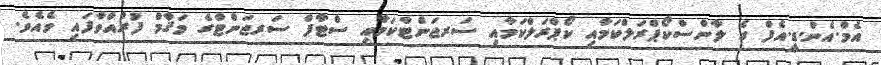
އެމް.އެން.ޑީ.އެފް ގެ ލާންސްކޯޕްރަލްކަމާއި ކޯޕްރަލްކަމާއި ސަރޖަންޓްކަމާއި ސްޓާފް ސަރޖަންޓްގެ މަޤާާމް ފުރުއްވާފައި ވެއެވެ.